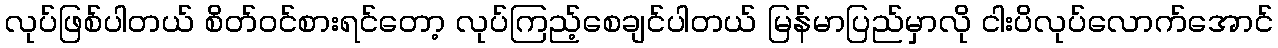
လုပ်ဖြစ်ပါတယ် စိတ်ဝင်စားရင်တော့ လုပ်ကြည့်စေချင်ပါတယ် မြန်မာပြည်မှာလို ငါးပိလုပ်လောက်အောင်